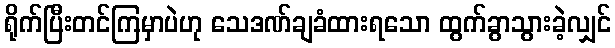
ရိုက်ပြီးတင်ကြမှာပဲဟု သေဒဏ်ချခံထားရသော ထွက်ခွာသွားခဲ့လျှင်